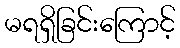
မရရှိခြင်းကြောင့်